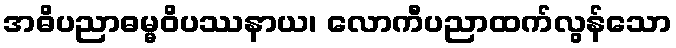
အဓိပညာဓမ္မဝိပဿနာယ၊ လောကီပညာထက်လွန်သော